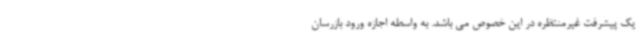
یک پیشرفت غیرمنتظره در این خصوص می باشد. به واسطه اجازه ورود بازرسان